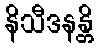
နိသီဒနန္တိ